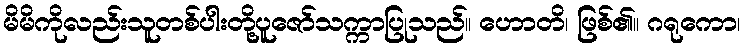
မိမိကိုလည်းသူတစ်ပါးတို့ပူဇော်သက္ကာပြုသည်။ ဟောတိ၊ ဖြစ်၏။ ဂရုကော၊